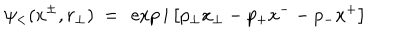
\psi _ { < } ( x ^ { \pm } , r _ { \perp } ) ~ = ~ \exp i \left[ p _ { \perp } x _ { \perp } - p _ { + } x ^ { - } - p _ { - } x ^ { + } \right]